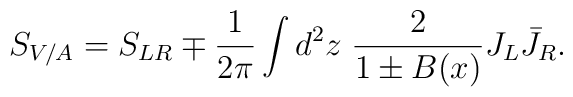
S_{V/A} = S_{LR} \mp \frac{1}{2\pi} \int d^2 z \; \frac{2}{1 \pm B(x)} J_L \bar{J}_R.